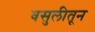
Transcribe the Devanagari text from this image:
वसुलीतून